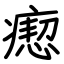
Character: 瘛